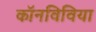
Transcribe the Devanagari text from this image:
कॉनविविया